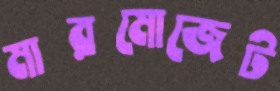
মারমোজেট